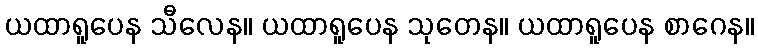
ယထာရူပေန သီလေန။ ယထာရူပေန သုတေန။ ယထာရူပေန စာဂေန။